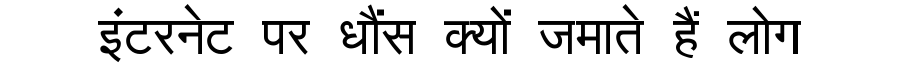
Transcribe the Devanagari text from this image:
इंटरनेट पर धौंस क्यों जमाते हैं लोग